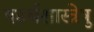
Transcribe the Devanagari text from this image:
षडर्थशास्त्रेषु